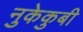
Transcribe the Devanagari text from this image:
नुकेकुबी